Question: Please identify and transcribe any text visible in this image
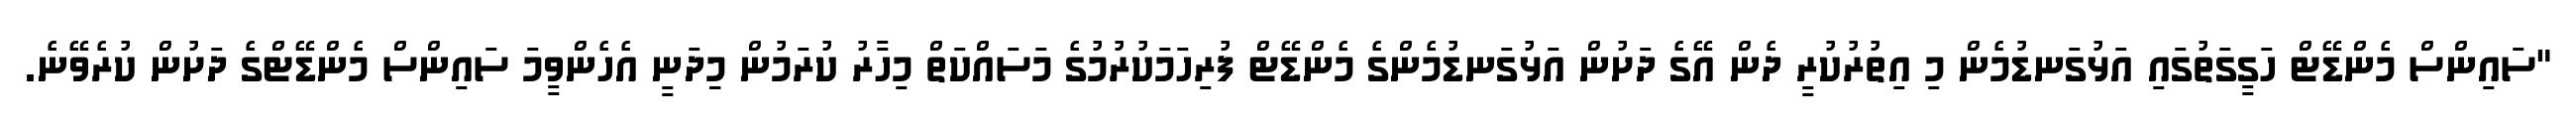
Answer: "ސައިންސް މެންޑޭޓް ހަގީގަތުގައި އަޅުގަނޑުމެން މި އިތުރުކުރީ ދެން އޭގެ ދަށުން އަޅުގަނޑުމެންގެ މެންޑޭޓް ފުރިހަމަކުރުމުގެ މަސައްކަތް މިހާރު ކުރަމުން މިިދަނީ އެހެންވީމަ ސައިންސް މެންޑޭޓްގެ ދަށުން ކުރެވޭނެ.